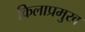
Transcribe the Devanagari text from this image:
किलाप्रमुख